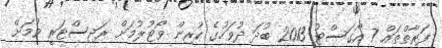
ފަރާތްތައް 7 އޯގަސްޓު 2013 ބުދަ ދުވަހުގެ ކުރިން ވޯޓުލުމަށް ރަޖިސްޓަރީ ވުމަށް